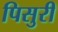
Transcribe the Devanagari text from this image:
पिसुरी